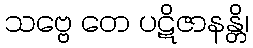
သဗ္ဗေ တေ ပဋိဇာနန္တိ၊